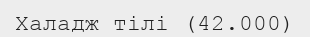
Халадж тілі (42.000)